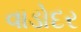
વાડોદર